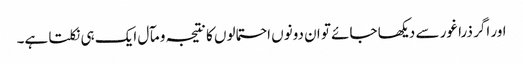
اور اگر ذرا غور سے دیکھا جائے تو ان دونوں احتمالوں کا نتیجہ و مآل ایک ہی نکلتا ہے۔